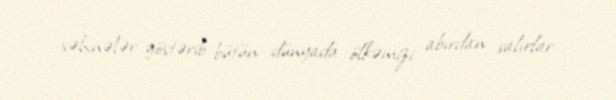
səhnələr göstərib bütün dünyada ölkəmizi abırdan salırlar.